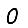
Digit: 0